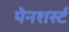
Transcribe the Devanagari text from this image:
पेनशर्स्ट